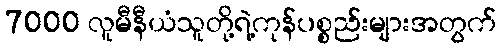
7000 လူမီနီယံသူတို့ရဲ့ကုန်ပစ္စည်းများအတွက်